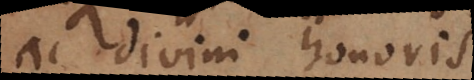
ac divini honoris?